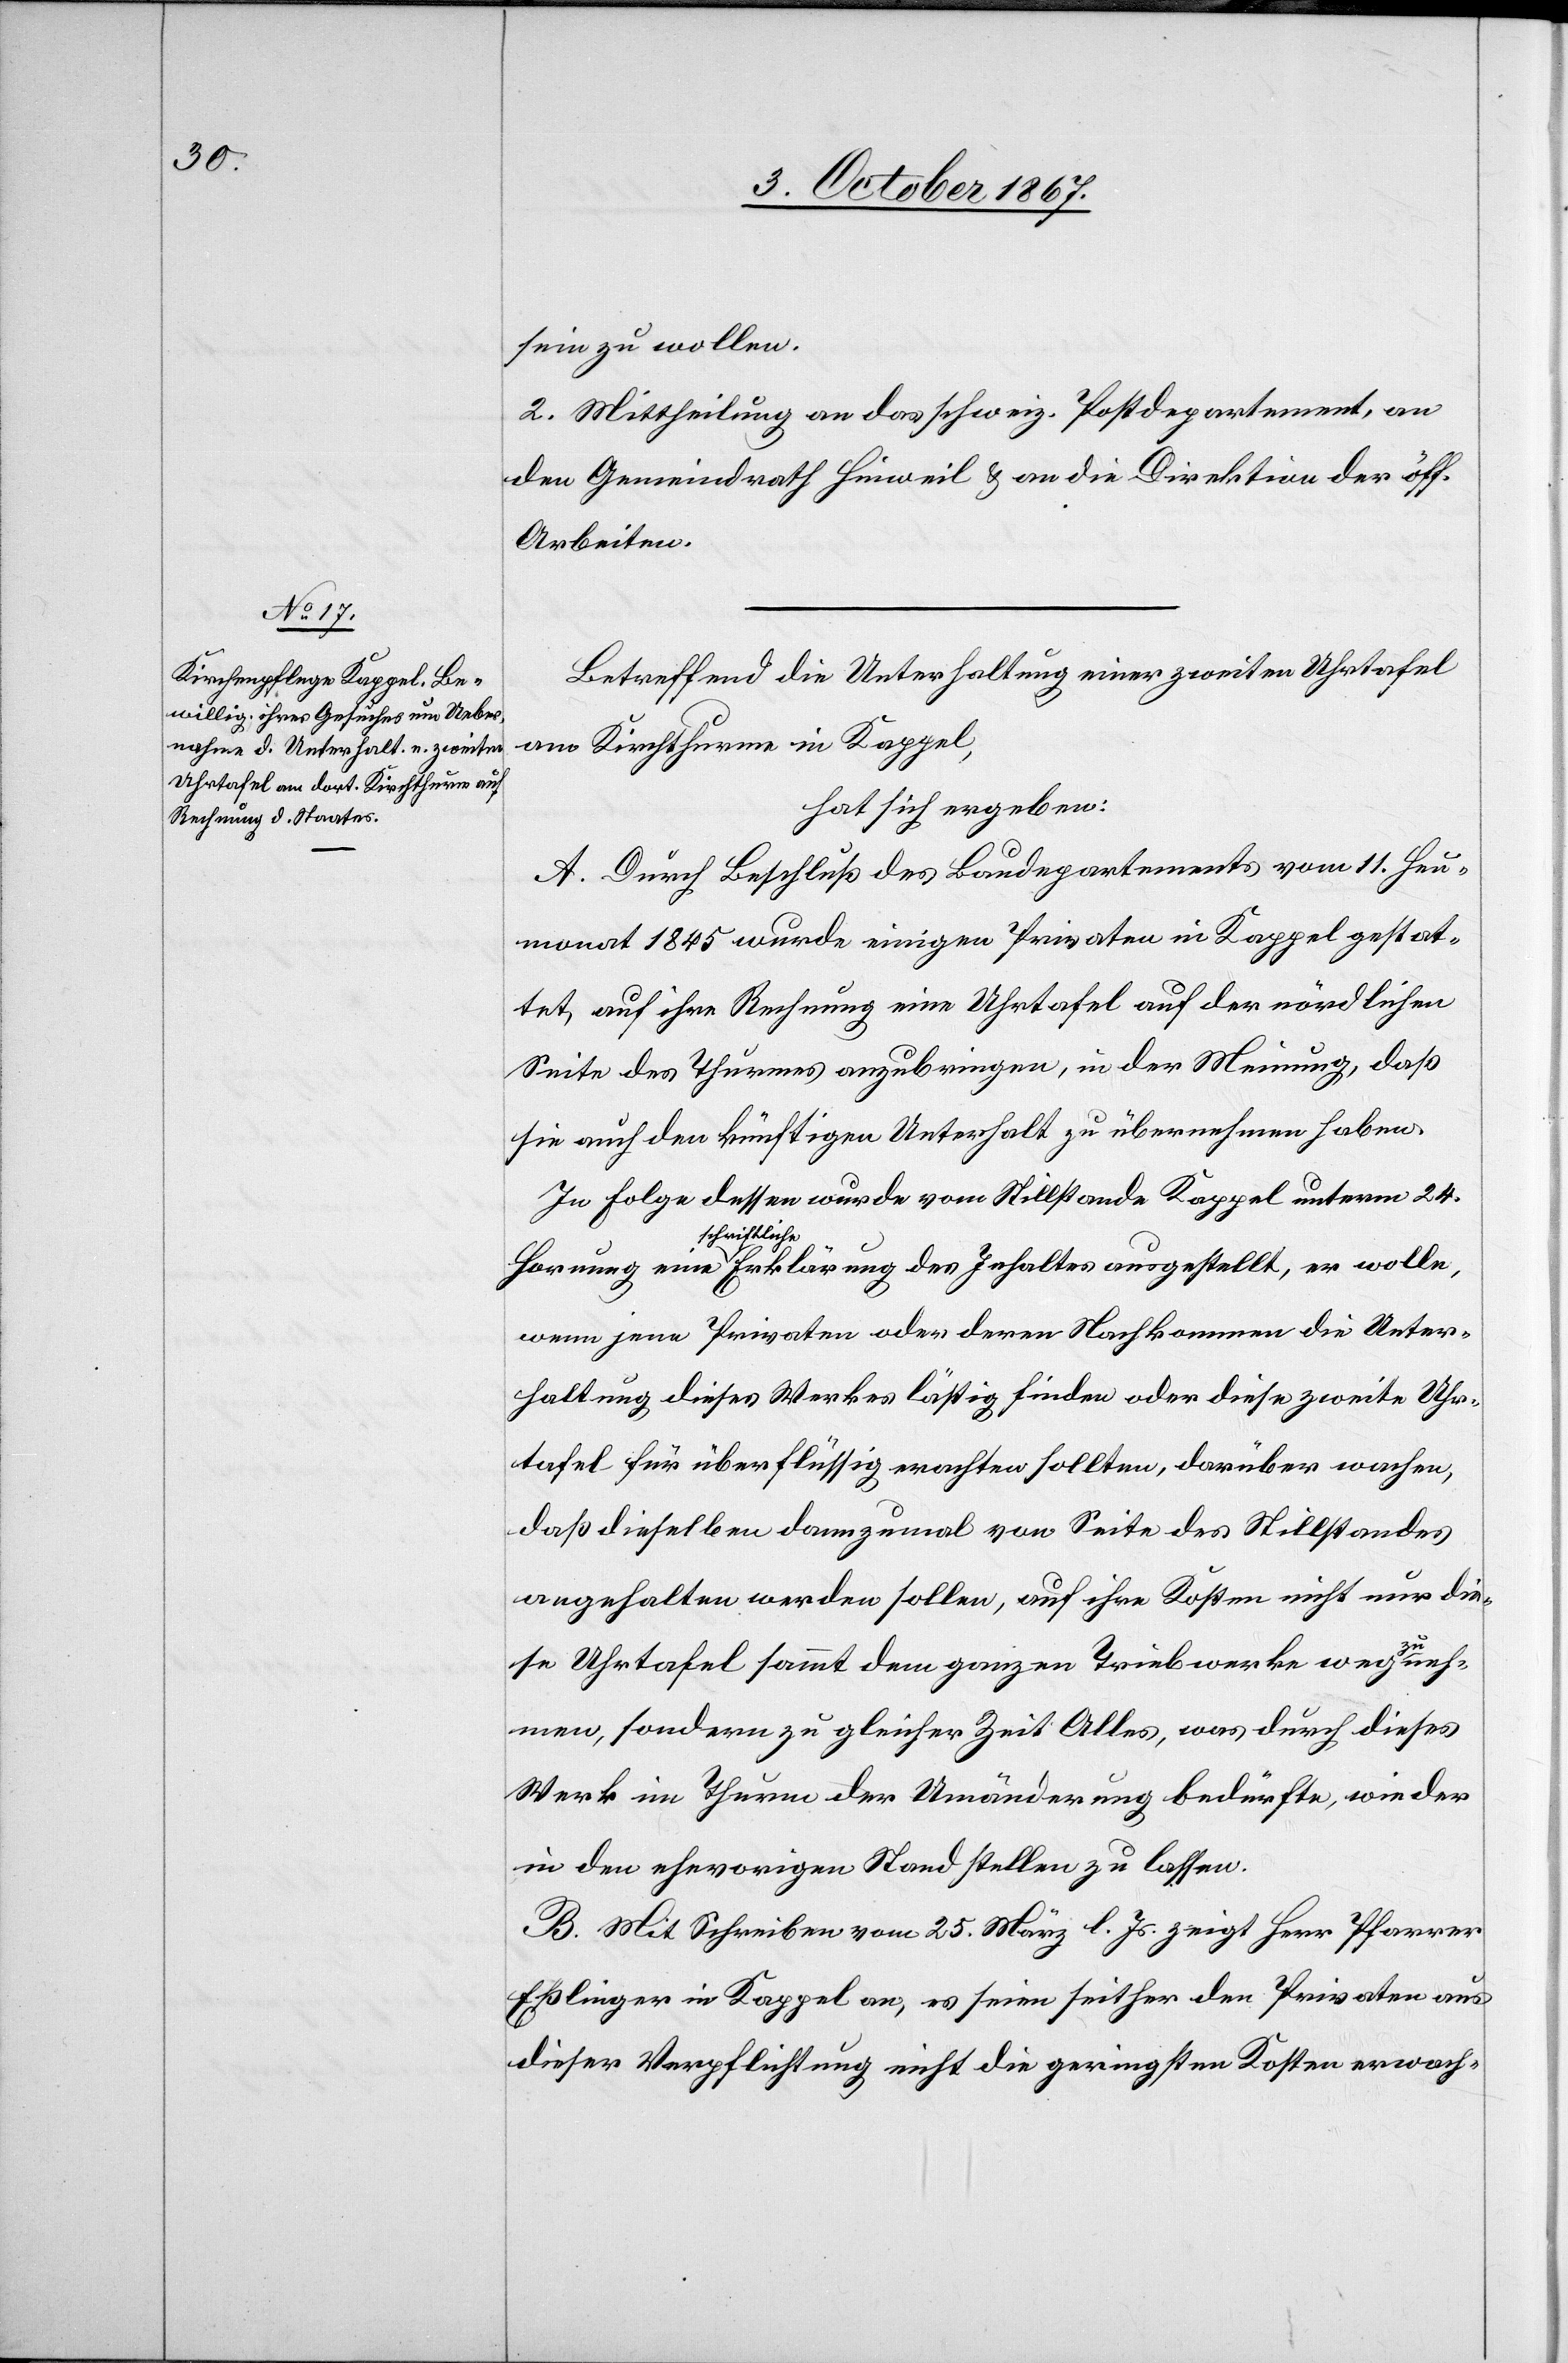
sein zu wollen.
2. Mittheilung an das schweiz. Postdepartement, an
den Gemeindrath Hinweil u. an die Direktion der öff.
Arbeiten.
Betreffend die Unterhaltung einer zweiten Uhrtafel
am Kirchthurme in Kappel,
hat sich ergeben:
A. Durch Beschluß des Baudepartements vom 11. Heu¬
monat 1845 wurde einigen Privaten in Kappel gestat¬
tet, auf ihre Rechnung eine Uhrtafel auf der nördlichen
Seite des Thurmes anzubringen, in der Meinung, daß
sie auch den künftigen Unterhalt zu übernehmen haben.
In Folge dessen wurde vom Stillstande Kappel unterm 24.
schriftliche
wenn jene Privaten oder deren Nachkommen die Unter¬
haltung dieses Werkes lästig finden oder diese zweite Uhr¬
tafel für überflüssig erachten sollten, darüber wachen,
daß dieselben dannzumal von Seite des Stillstandes
angehalten werden sollen, auf ihre Rechnung nicht nur die¬
se Uhrtafel sammt dem ganzen Triebwerke wegzuneh¬
men, sondern zu gleicher Zeit Alles, was durch dieses
Werk im Thurm der Umänderung bedürfe, wieder
in den ehevorigen Stand stellen zu lassen.
B. Mit Schreiben vom 25. März l. Js. zeigt Herr Pfarrer
Eßlinger in Kappel an, es seien seither den Privaten aus
dieser Verpflichtung nicht die geringsten Kosten erwach-